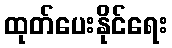
ထုတ်ပေးနိုင်ရေး